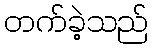
တက်ခဲ့သည်